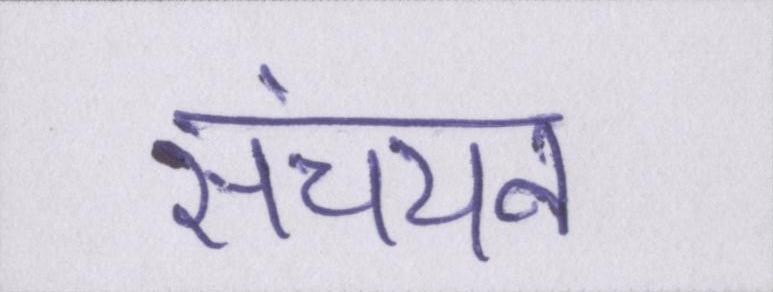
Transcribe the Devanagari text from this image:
संचयन